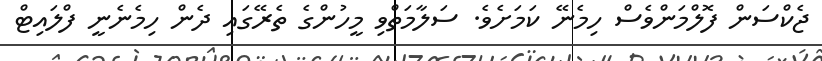
ޖެކްސަން ފޮލްމަންވެސް ހިމެނޭ ކަމަށެވެ. ސަލާމަތްވި މީހުންގެ ތެރޭގައި ދެން ހިމެނެނީ ފްލައިޓް